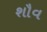
શૌવ